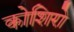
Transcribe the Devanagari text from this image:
कोशिरो